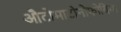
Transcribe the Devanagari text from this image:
औटोमाटोनोफोबिया